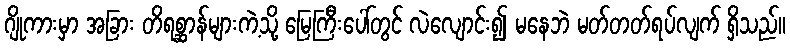
ဂျိုကားမှာ အခြား တိရစ္ဆာန်များကဲ့သို့ မြေကြီးပေါ်တွင် လဲလျောင်း၍ မနေဘဲ မတ်တတ်ရပ်လျက် ရှိသည်။